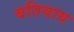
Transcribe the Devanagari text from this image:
बतियाय